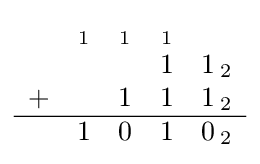
{\begin{array}{ccccc}&_{1}&_{1}&_{1}\\&&&1&1\,_{2}\\+&&1&1&1\,_{2}\\\hline &1&0&1&0\,_{2}\end{array}}